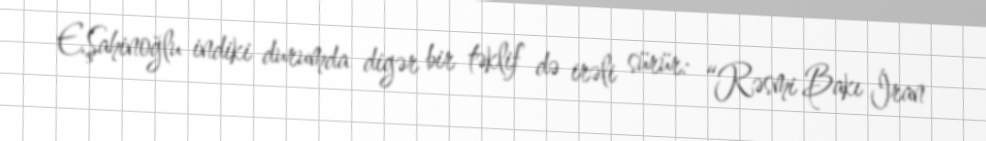
E.Şahinoğlu indiki durumda digər bir təklif də irəli sürür: “Rəsmi Bakı İran